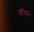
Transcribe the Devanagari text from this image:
मॉगने